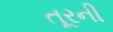
તૂરની